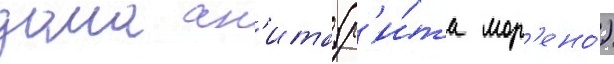
дома ан'ита (р'и́та мор'ено́)